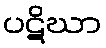
ပဋိဃာ